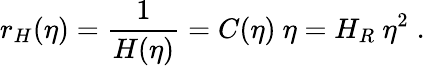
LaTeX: r_{H}(\eta)=\frac{1}{H(\eta)}=C(\eta)~\eta=H_{R}~\eta^{2}\; .